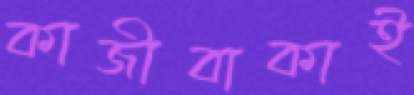
কাজীবাকাই